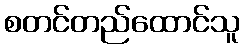
စတင်တည်ထောင်သူ